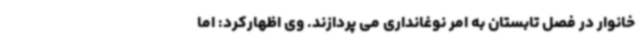
خانوار در فصل تابستان به امر نوغانداری می پردازند. وی اظهارکرد: اما